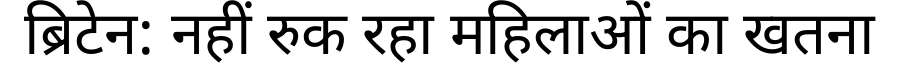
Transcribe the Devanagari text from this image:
ब्रिटेन: नहीं रुक रहा महिलाओं का खतना